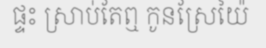
ផ្ទះ ស្រាប់តែឮ កូនស្រែយ៉ៃ